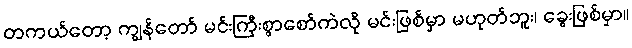
တကယ်တော့ ကျွန်တော် မင်းကြီးစွာစော်ကဲလို မင်းဖြစ်မှာ မဟုတ်ဘူး၊ ခွေးဖြစ်မှာ။